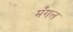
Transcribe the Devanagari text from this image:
मँगल